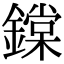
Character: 鏿